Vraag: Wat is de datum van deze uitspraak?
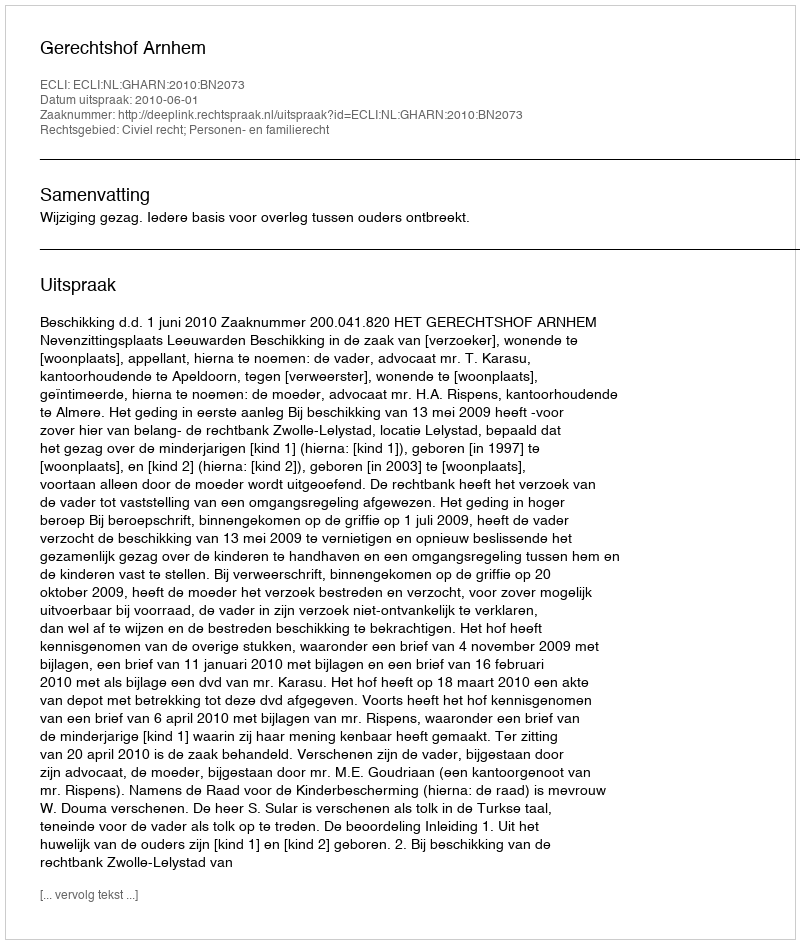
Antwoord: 2010-06-01